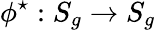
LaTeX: {\phi^{\star}:S_{g}\rightarrow S_{g}}